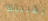
تقبيلك